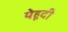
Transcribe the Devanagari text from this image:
येहूदी